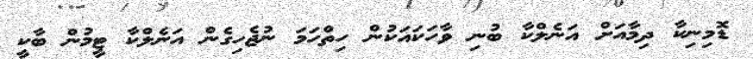
ޑޮމިނިކާ ދިމާއަށް އަނެލްކާ ބުނި ވާހަކައަކުން ހިތްހަމަ ނުޖެހިގެން އަނެލްކާ ޓީމުން ބާކީ